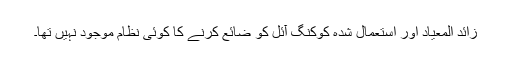
زائد المعیاد اور استعمال شدہ کوکنگ آئل کو ضائع کرنے کا کوئی نظام موجود نہیں تھا۔